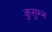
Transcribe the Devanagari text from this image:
कुसुम्भ